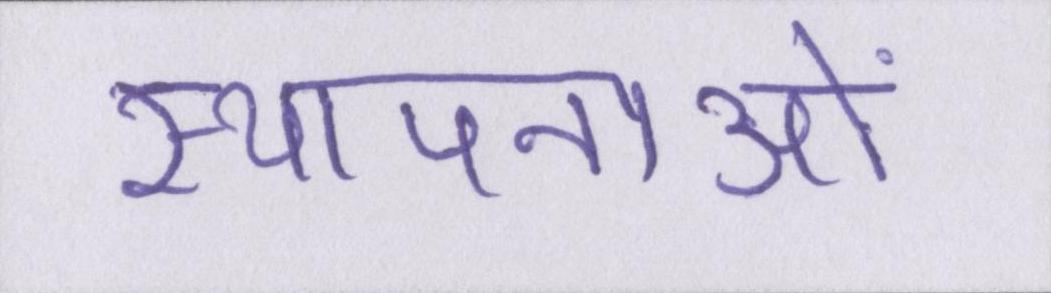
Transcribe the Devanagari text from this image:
स्थापनाओं